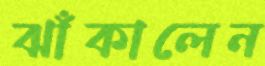
ঝাঁকালেন